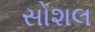
સોશલ